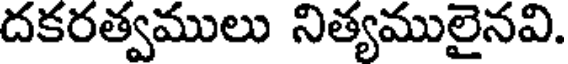
దకరత్వములు నిత్యములైనవి.